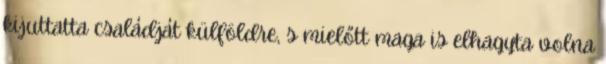
kijuttatta családját külföldre, s mielőtt maga is elhagyta volna